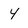
Character: 4